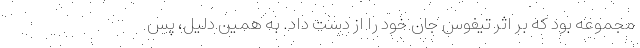
مجموعه بود که بر اثر تیفوس جان خود را از دست داد. به همین دلیل، پس